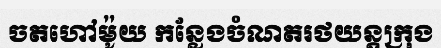
ចតហៅម៉ូយ កន្លែងចំណតរថយន្តក្រុង